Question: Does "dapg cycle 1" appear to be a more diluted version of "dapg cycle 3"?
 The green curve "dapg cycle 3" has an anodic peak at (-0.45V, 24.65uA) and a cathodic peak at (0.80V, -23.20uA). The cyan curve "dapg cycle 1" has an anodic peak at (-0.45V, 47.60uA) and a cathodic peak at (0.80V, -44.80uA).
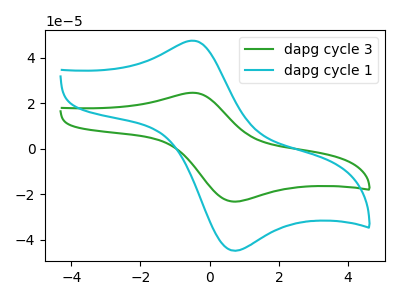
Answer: <think>All the peaks in "dapg cycle 1" have a peak in "dapg cycle 3" at the same potential. Every peak in "dapg cycle 1" is higher than every peak in "dapg cycle 3".
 </think>
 <answer>"dapg cycle 1" has more signal than "dapg cycle 3" and so likely has a higher concentration.</answer>
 <eval>more_concentration</eval>